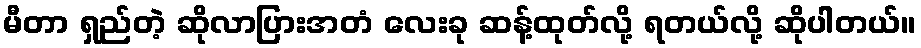
မီတာ ရှည်တဲ့ ဆိုလာပြားအတံ လေးခု ဆန့်ထုတ်လို့ ရတယ်လို့ ဆိုပါတယ်။